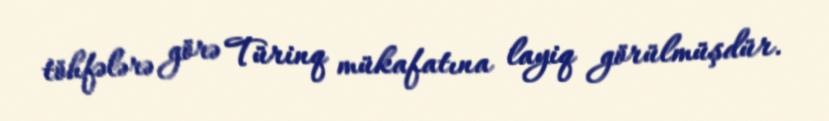
töhfələrə görə Türinq mükafatına layiq görülmüşdür.